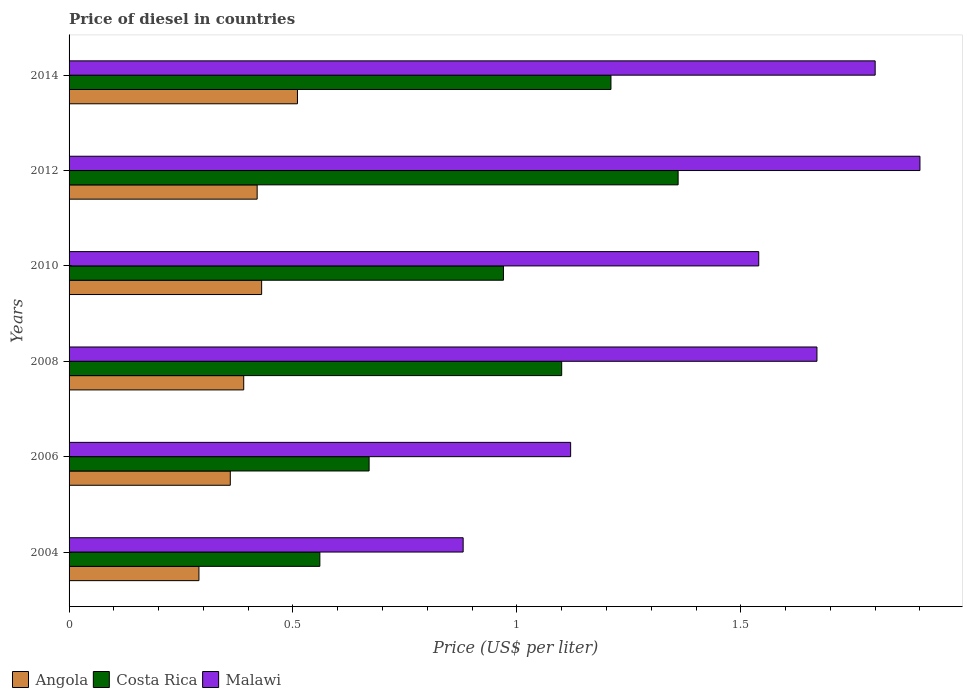
| Years | Angola | Costa Rica | Malawi |
 | --- | --- | --- | --- |
 | 2004 | 0.29 | 0.56 | 0.88 |
 | 2006 | 0.36 | 0.67 | 1.12 |
 | 2008 | 0.39 | 1.1 | 1.67 |
 | 2010 | 0.43 | 0.97 | 1.54 |
 | 2012 | 0.42 | 1.36 | 1.9 |
 | 2014 | 0.51 | 1.21 | 1.8 |